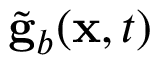
\tilde { \bf g } _ { b } ( { \bf x } , t )